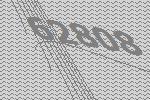
62808